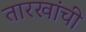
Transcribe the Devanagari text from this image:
तारखांची